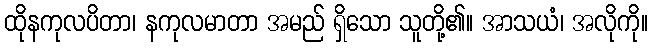
ထိုနကုလပိတာ၊ နကုလမာတာ အမည် ရှိသော သူတို့၏။ အာသယံ၊ အလိုကို။